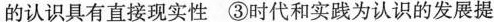
的认识具有直接现实性 ③时代和实践为认识的发展提